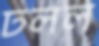
ঢলল